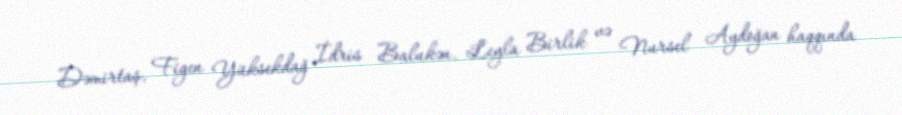
Dəmirtaş, Figen Yüksekdağ İdris Balukən, Leyla Birlik və Nursel Aydoğan haqqında